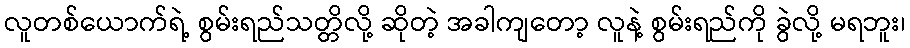
လူတစ်ယောက်ရဲ့ စွမ်းရည်သတ္တိလို့ ဆိုတဲ့ အခါကျတော့ လူနဲ့ စွမ်းရည်ကို ခွဲလို့ မရဘူး၊